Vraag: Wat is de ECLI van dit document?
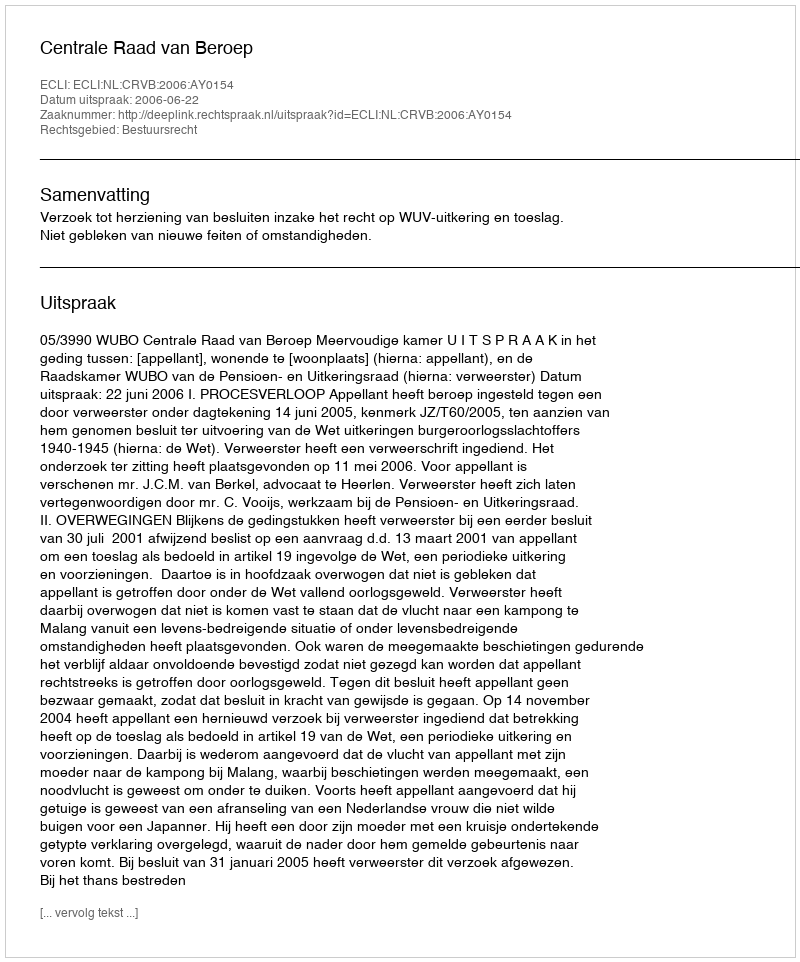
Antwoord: ECLI:NL:CRVB:2006:AY0154